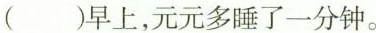
( )早上，元元多睡了一分钟。